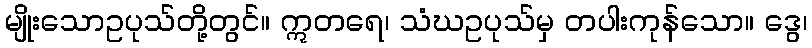
မျိုးသောဥပုသ်တို့တွင်။ ဣတရေ၊ သံဃဥပုသ်မှ တပါးကုန်သော။ ဒွေ၊